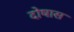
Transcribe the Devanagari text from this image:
दोषास